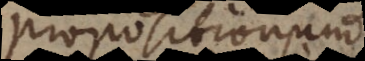
propositionum